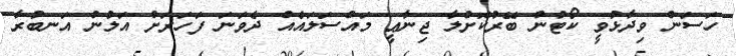
ހަސަން ވިދާޅުވީ ކޯޓުން ބޭރުކޮށްލާ ޖިނާޢީ މައްސަލައެއް ދެވަނަ ފަހަރަށް އަލުން އަނބުރާ